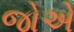
જોએ